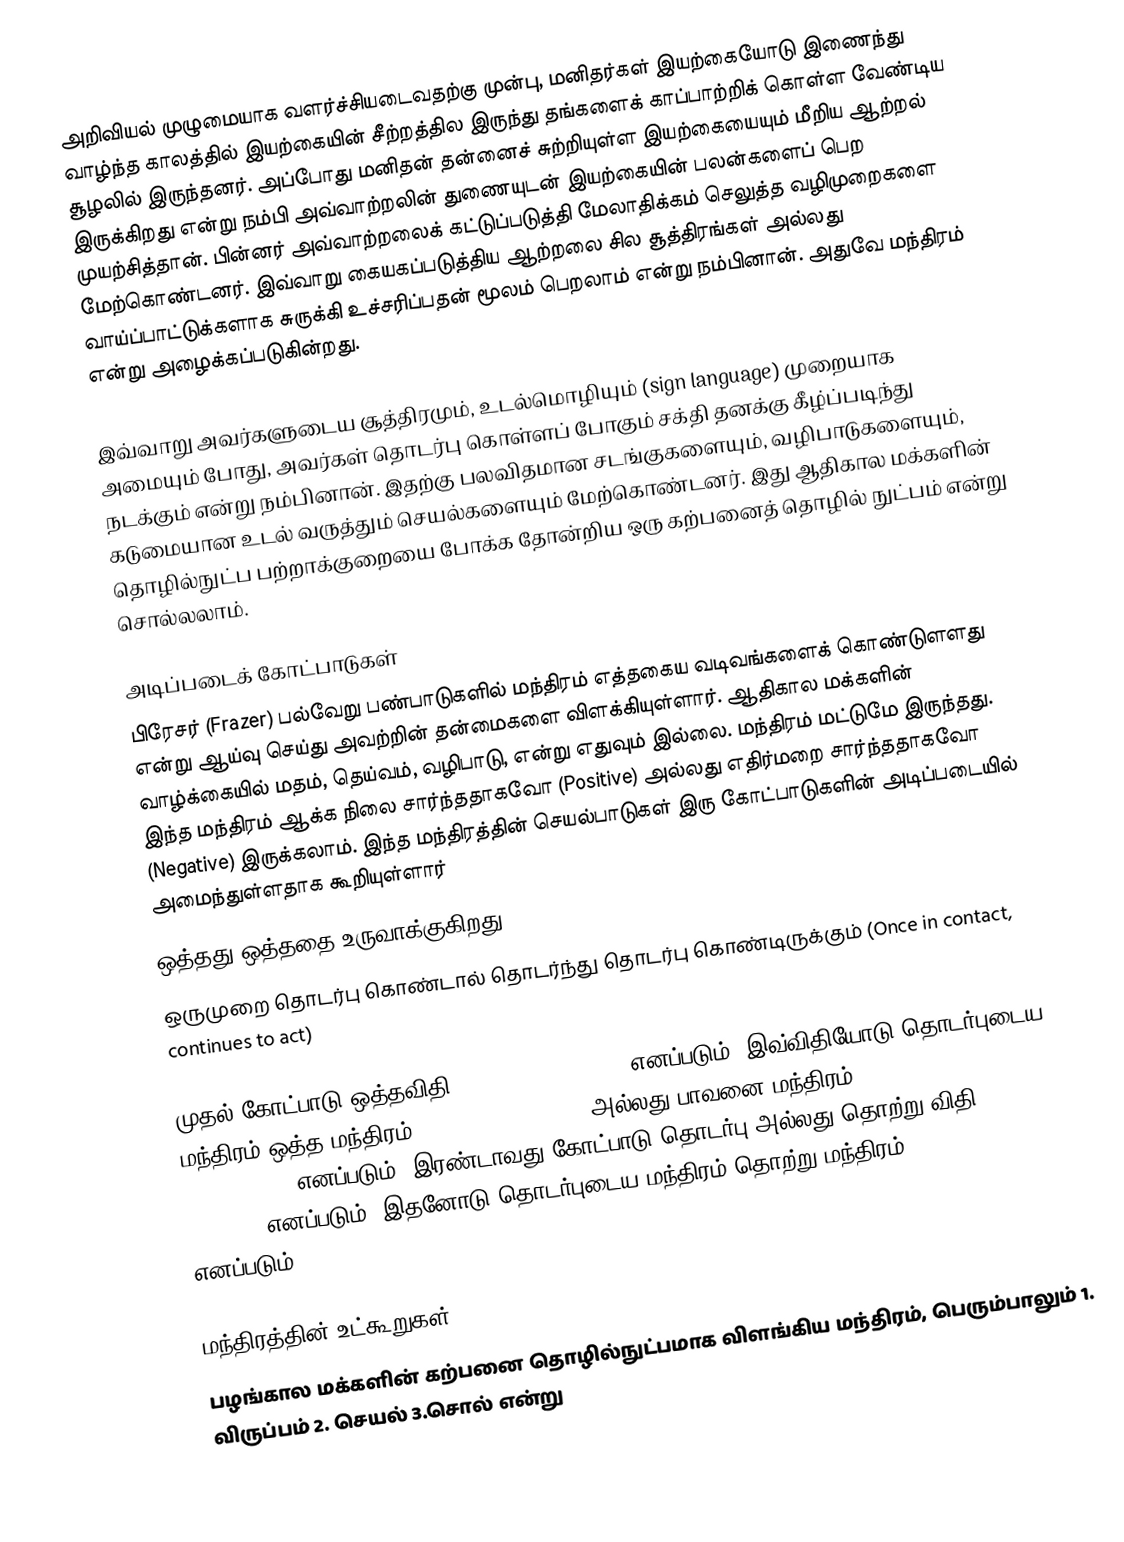
அறிவியல் முழுமையாக வளர்ச்சியடைவதற்கு முன்பு, மனிதர்கள் இயற்கையோடு இணைந்து வாழ்ந்த காலத்தில் இயற்கையின் சீற்றத்தில இருந்து தங்களைக் காப்பாற்றிக் கொள்ள வேண்டிய சூழலில் இருந்தனர். அப்போது மனிதன் தன்னைச் சுற்றியுள்ள இயற்கையையும் மீறிய ஆற்றல் இருக்கிறது என்று நம்பி அவ்வாற்றலின் துணையுடன் இயற்கையின் பலன்களைப் பெற முயற்சித்தான். பின்னர் அவ்வாற்றலைக் கட்டுப்படுத்தி மேலாதிக்கம் செலுத்த வழிமுறைகளை மேற்கொண்டனர். இவ்வாறு கையகப்படுத்திய ஆற்றலை சில சூத்திரங்கள் அல்லது வாய்ப்பாட்டுக்களாக சுருக்கி உச்சரிப்பதன் மூலம் பெறலாம் என்று நம்பினான். அதுவே மந்திரம் என்று அழைக்கப்படுகின்றது.

இவ்வாறு அவர்களுடைய சூத்திரமும், உடல்மொழியும் (sign language) முறையாக அமையும் போது, அவர்கள் தொடர்பு கொள்ளப் போகும் சக்தி தனக்கு கீழ்ப்படிந்து நடக்கும் என்று நம்பினான். இதற்கு பலவிதமான சடங்குகளையும், வழிபாடுகளையும், கடுமையான உடல் வருத்தும் செயல்களையும் மேற்கொண்டனர். இது ஆதிகால மக்களின் தொழில்நுட்ப பற்றாக்குறையை போக்க தோன்றிய ஒரு கற்பனைத் தொழில் நுட்பம் என்று சொல்லலாம்.

அடிப்படைக் கோட்பாடுகள்
பிரேசர் (Frazer) பல்வேறு பண்பாடுகளில் மந்திரம் எத்தகைய வடிவங்களைக் கொண்டுளளது என்று ஆய்வு செய்து அவற்றின் தன்மைகளை விளக்கியுள்ளார். ஆதிகால மக்களின் வாழ்க்கையில் மதம், தெய்வம், வழிபாடு, என்று எதுவும் இல்லை. மந்திரம் மட்டுமே இருந்தது. இந்த மந்திரம் ஆக்க நிலை சார்ந்ததாகவோ (Positive) அல்லது எதிர்மறை சார்ந்ததாகவோ (Negative) இருக்கலாம். இந்த மந்திரத்தின் செயல்பாடுகள் இரு கோட்பாடுகளின் அடிப்படையில் அமைந்துள்ளதாக கூறியுள்ளார்
ஒத்தது ஒத்ததை உருவாக்குகிறது (Like Produces like)
ஒருமுறை தொடர்பு கொண்டால் தொடர்ந்து தொடர்பு கொண்டிருக்கும் (Once in contact, continues to act)

முதல் கோட்பாடு ஒத்தவிதி (Law of similarity) எனப்படும். இவ்விதியோடு தொடர்புடைய மந்திரம் ஒத்த மந்திரம் (Homeopathic magic) அல்லது பாவனை மந்திரம் (Imitative magic of Mimic magic) எனப்படும். இரண்டாவது கோட்பாடு தொடர்பு அல்லது தொற்று விதி (Law of contact) எனப்படும். இதனோடு தொடர்புடைய மந்திரம் தொற்று மந்திரம் (Contagious magic) எனப்படும்.

மந்திரத்தின் உட்கூறுகள்
பழங்கால மக்களின் கற்பனை தொழில்நுட்பமாக விளங்கிய மந்திரம், பெரும்பாலும் 1. விருப்பம் 2. செயல் 3.சொல் என்று